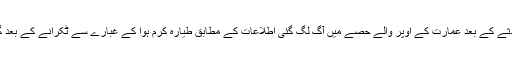
حادثے کے بعد عمارت کے اوپر والے حصے میں آگ لگ گئی اطلاعات کے مطابق طیارہ کرم ہوا کے غبارے سے ٹکرانے کے بعد گِرا۔